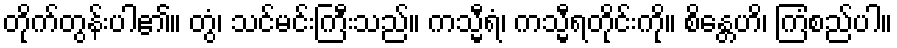
တိုက်တွန်းပါ၏။ တွံ၊ သင်မင်းကြီးသည်။ ကသ္မီရံ၊ ကသ္မီရတိုင်းကို။ စိန္တေဟိ၊ ကြံစည်ပါ။